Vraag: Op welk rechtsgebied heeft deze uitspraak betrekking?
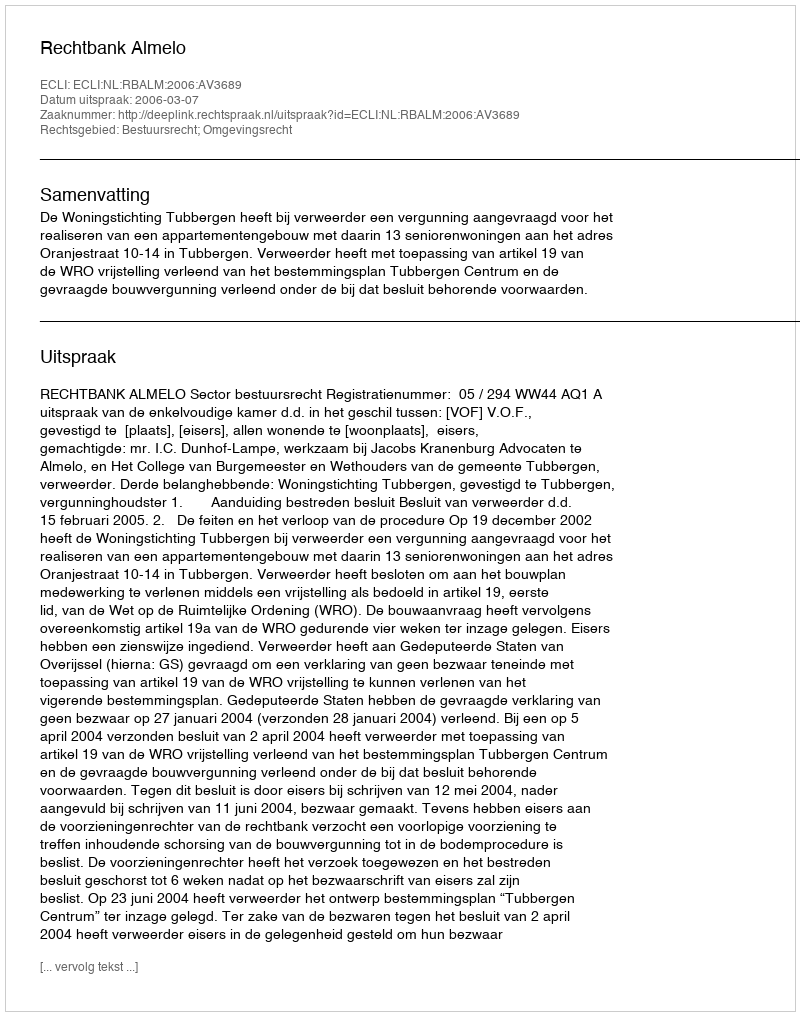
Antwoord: Bestuursrecht; Omgevingsrecht